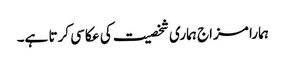
ہمارا مزاج ہماری شخصیت کی عکاسی کرتا ہے۔